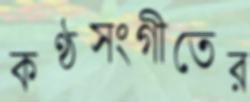
কণ্ঠসংগীতের